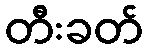
တီးခတ်